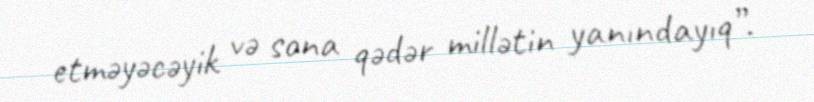
etməyəcəyik və sona qədər millətin yanındayıq”.